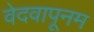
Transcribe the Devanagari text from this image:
वेदवापूनम